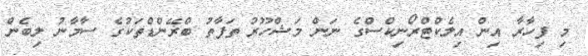
މި ފިހާރާ އިން އިލެކްޓްރޯނިކްސްގެ ނަން މަޝްހޫރު ތަފާތު ބްރޭންޑްތަކުގެ ސާމާނު ލިބެން